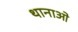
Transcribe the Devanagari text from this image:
थानाओ